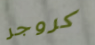
كروجر